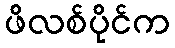
ဖိလစ်ပိုင်က